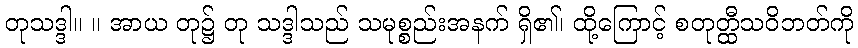
တုသဒ္ဒါ။ ။ အာယ တု၌ တု သဒ္ဒါသည် သမုစ္စည်းအနက် ရှိ၏၊ ထို့ကြောင့် စတုတ္ထီသဝိဘတ်ကို